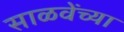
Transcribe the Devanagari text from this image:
साळवेंच्या